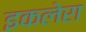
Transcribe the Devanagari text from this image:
इकलेरा